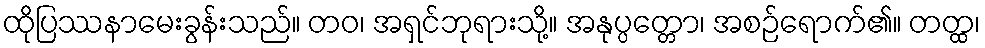
ထိုပြဿနာမေးခွန်းသည်။ တဝ၊ အရှင်ဘုရားသို့။ အနုပ္ပတ္တော၊ အစဉ်ရောက်၏။ တတ္ထ၊